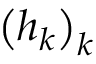
\left( h _ { k } \right) _ { k }